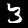
Label: 3